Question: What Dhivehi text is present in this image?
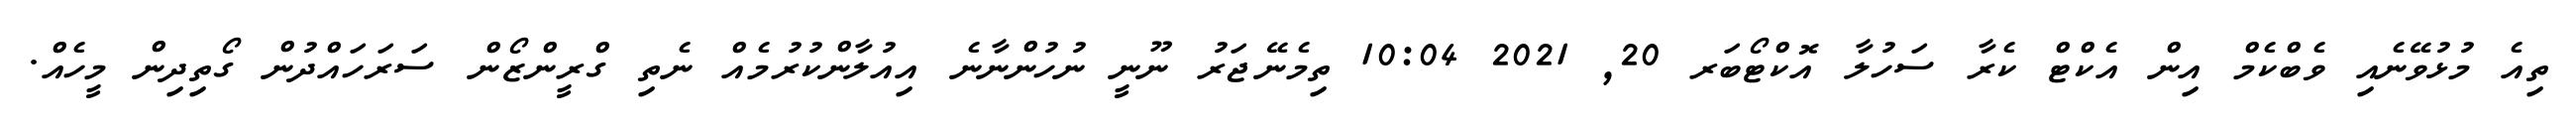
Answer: ތިއެ މުޅުވޭނެއި ވެބްކެމް އިން އެކްޓް ކެރާ ސަހުލާ އޮކްޓޯބަރ 20, 2021 10:04 ތިމެނޭޖަރު ނޫނީ ނުހުންނާނެ އިއުލާންކުރުމެއް ނެތި ގްރީންޒޯން ސަރަހައްދުން ގޯތިދިން މީހެއް.